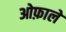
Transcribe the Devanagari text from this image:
ओफ़ाले